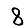
Digit: 8